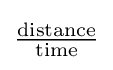
{\tfrac {\text{distance}}{\text{time}}}